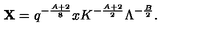
{ \bf X } = q ^ { - \frac { A + 2 } { 8 } } x K ^ { - \frac { A + 2 } { 2 } } \Lambda ^ { - \frac { B } { 2 } } .